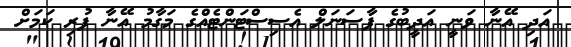
އަދި އޭނާ ވަނީ އަދީބުގެ ޕާސަނަލް އެސިސްޓަންޓެއްގެ މަގާމު އޭނާ ފުރި ކަމަށް